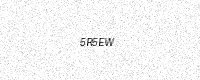
Text: 5R5EW